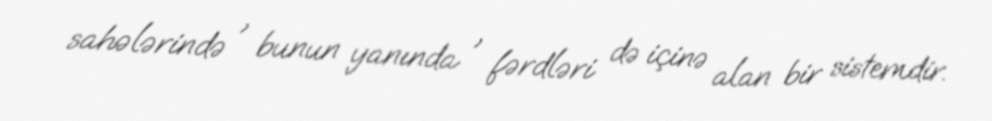
sahələrində , bunun yanında , fərdləri də içinə alan bir sistemdir.